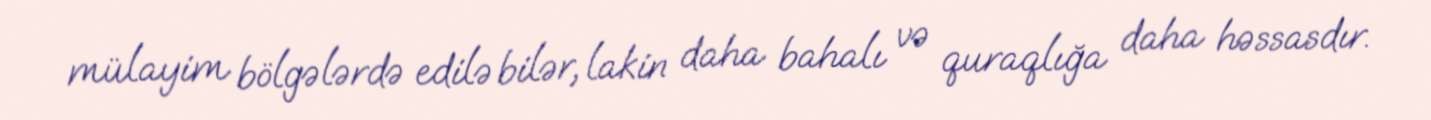
mülayim bölgələrdə edilə bilər, lakin daha bahalı və quraqlığa daha həssasdır.